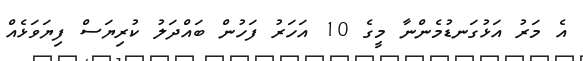
އެ މަރު އަޅުގަނޑުމެންނާ މީގެ 10 އަހަރު ފަހުން ބައްދަލު ކުރިޔަސް ފިޔަވަޅެއް